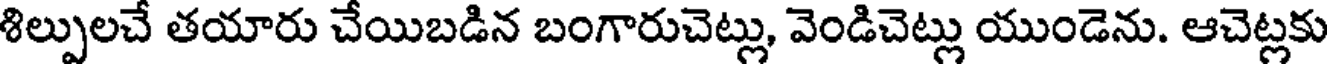
శిల్పులచే తయారు చేయిబడిన బంగారుచెట్లు, వెండిచెట్లు యుండెను. ఆచెట్లకు